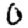
Digit: 0